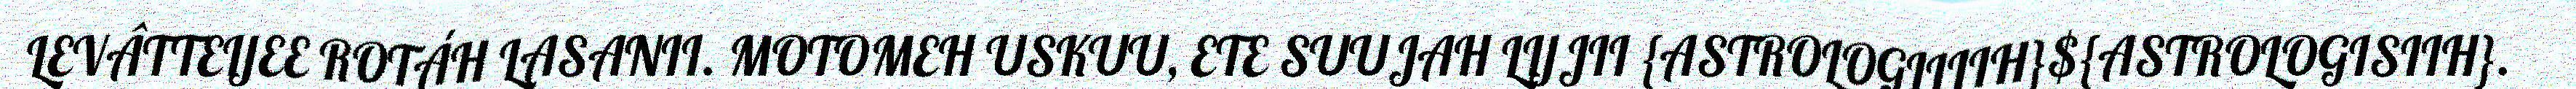
LEVÂTTEIJEE ROTÁH LASANII. MOTOMEH USKUU, ETE SUUJAH LIJJII {ASTROLOGILIIH}${ASTROLOGISIIH}.